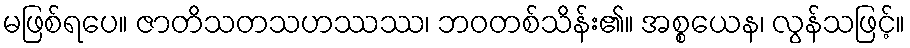
မဖြစ်ရပေ။ ဇာတိသတသဟဿဿ၊ ဘဝတစ်သိန်း၏။ အစ္စယေန၊ လွန်သဖြင့်။